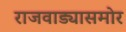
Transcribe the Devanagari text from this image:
राजवाड्यासमोर